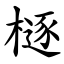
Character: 㯌